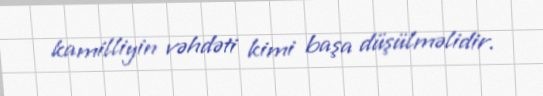
kamilliyin vəhdəti kimi başa düşülməlidir.